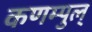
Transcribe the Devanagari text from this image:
कणम्पुल्